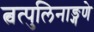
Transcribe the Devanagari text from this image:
त्वत्पुलिनाङ्गणे